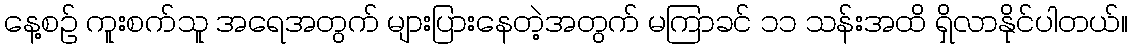
နေ့စဉ် ကူးစက်သူ အရေအတွက် များပြားနေတဲ့အတွက် မကြာခင် ၁၁ သန်းအထိ ရှိလာနိုင်ပါတယ်။